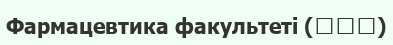
Фармацевтика факультеті (薬学部)